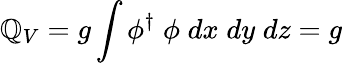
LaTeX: \mathbb{Q}_{V}=g\int\phi^{\dagger}\; \phi\; dx\; dy\; dz=g